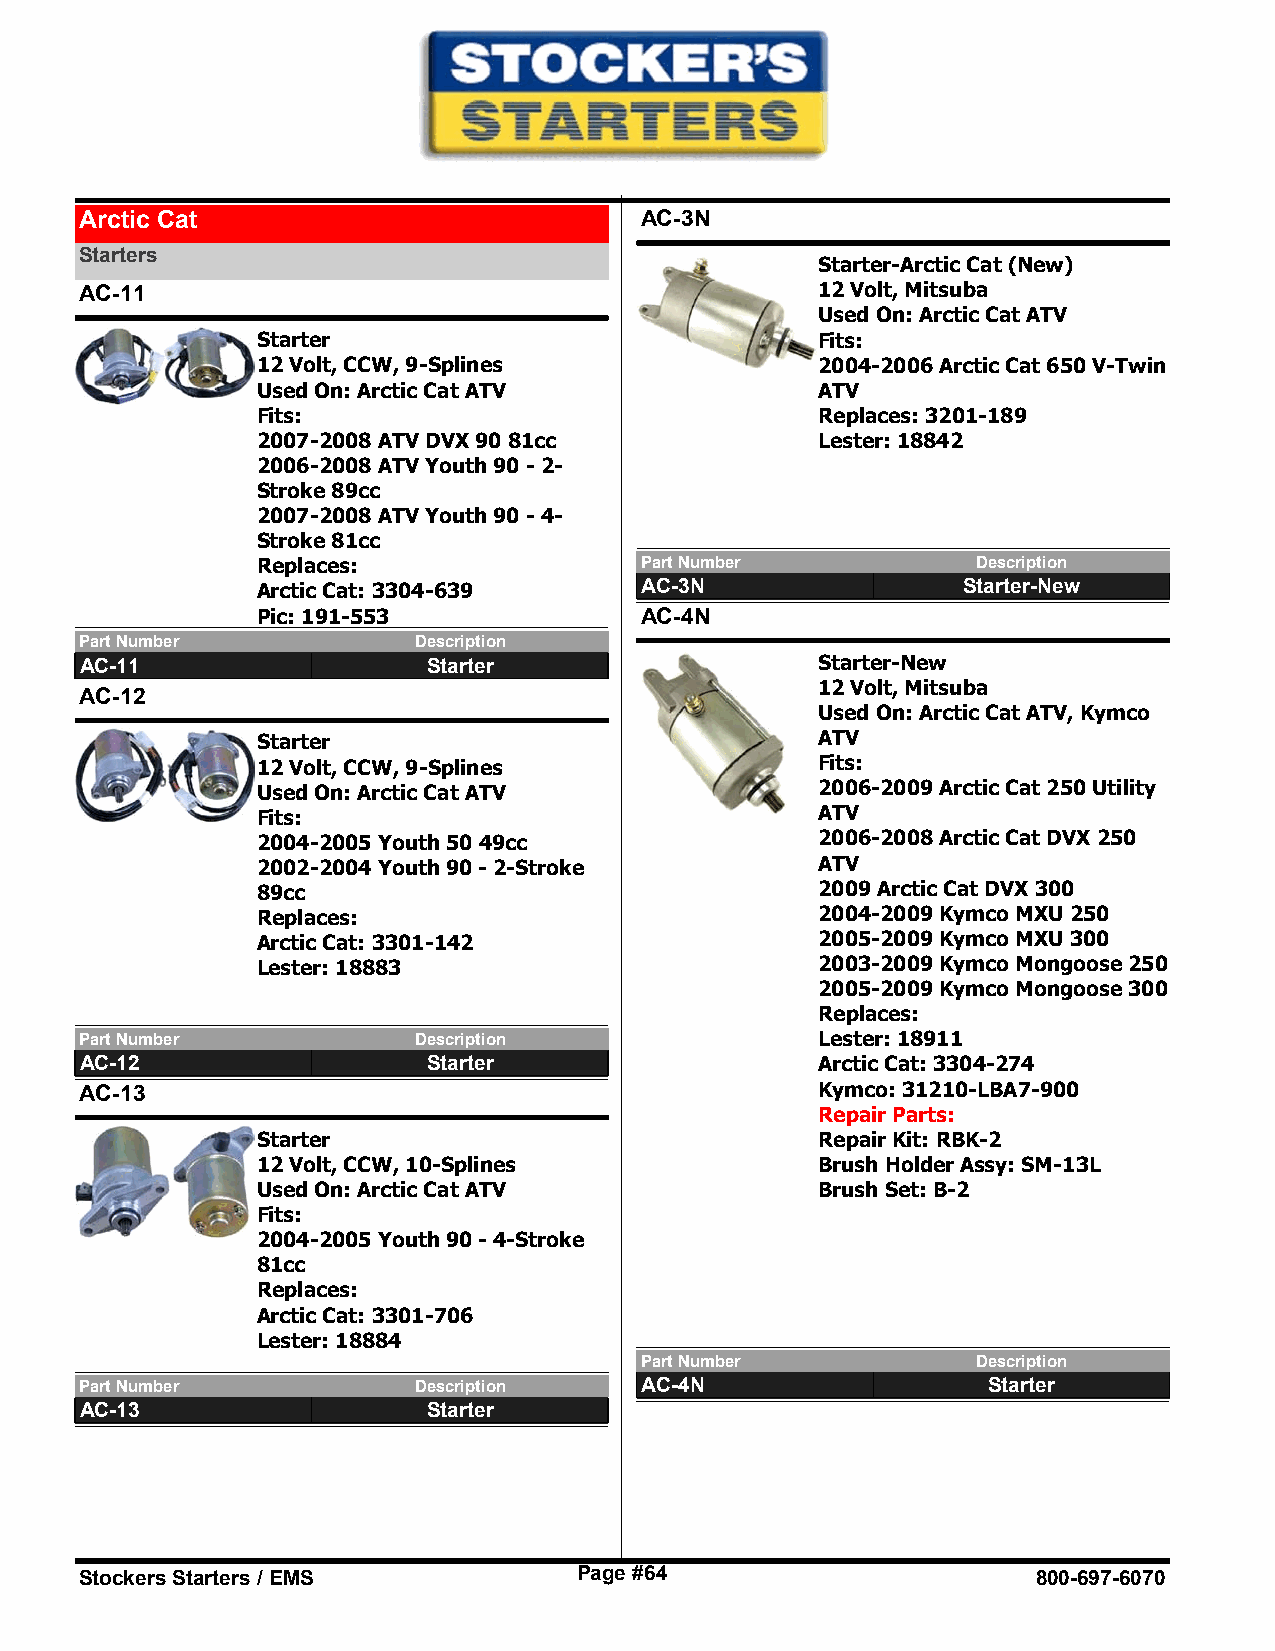
Arctic Cat                           AC-3N
 Starters
 Starter-Arctic Cat (New)
 AC-11                                            12 Volt, Mitsuba
 Used On: Arctic Cat ATV
 Starter                              Fits:
 12 Volt, CCW, 9-Splines              2004-2006 Arctic Cat 650 V-Twin
 Used On: Arctic Cat ATV              ATV
 Fits:                                Replaces: 3201-189
 2007-2008 ATV DVX 90 81cc            Lester: 18842
 2006-2008 ATV Youth 90 - 2-
 Stroke 89cc
 2007-2008 ATV Youth 90 - 4-
 Stroke 81cc
 Replaces:                Part Number            Description
 Arctic Cat: 3304-639     AC-3N                 Starter-New
 Pic: 191-553             AC-4N
 Part Number           Description
 AC-11                  Starter                   Starter-New
 12 Volt, Mitsuba
 AC-12
 Used On: Arctic Cat ATV, Kymco
 Starter                              ATV
 12 Volt, CCW, 9-Splines              Fits:
 Used On: Arctic Cat ATV              2006-2009 Arctic Cat 250 Utility
 Fits:                                ATV
 2004-2005 Youth 50 49cc              2006-2008 Arctic Cat DVX 250
 2002-2004 Youth 90 - 2-Stroke        ATV
 89cc                                 2009 Arctic Cat DVX 300
 Replaces:                            2004-2009 Kymco MXU 250
 Arctic Cat: 3301-142                 2005-2009 Kymco MXU 300
 Lester: 18883                        2003-2009 Kymco Mongoose 250
 2005-2009 Kymco Mongoose 300
 Replaces:
 Part Number           Description                Lester: 18911
 AC-12                  Starter                   Arctic Cat: 3304-274
 AC-13                                            Kymco: 31210-LBA7-900
 Repair Parts:
 Starter                              Repair Kit: RBK-2
 12 Volt, CCW, 10-Splines             Brush Holder Assy: SM-13L
 Used On: Arctic Cat ATV              Brush Set: B-2
 Fits:
 2004-2005 Youth 90 - 4-Stroke
 81cc
 Replaces:
 Arctic Cat: 3301-706
 Lester: 18884
 Part Number            Description
 Part Number           Description    AC-4N                  Starter
 AC-13                  Starter
 Stockers Starters / EMS          Page #64                       800-697-6070